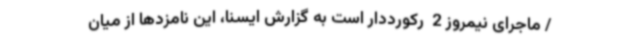
/ ماجرای نیمروز 2  رکورددار است به گزارش ایسنا، این نامزدها از میان